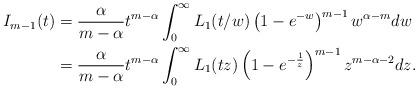
LaTeX: \begin{align*} I_{m-1}(t) &= \frac{\alpha}{m-\alpha} t^{m-\alpha} \int_0^\infty L_1(t/w)\left(1- e^{-w} \right)^{m-1} w^{\alpha-m} dw \\ &= \frac{\alpha}{m-\alpha} t^{m-\alpha} \int_0^\infty L_1(t z) \left(1- e^{-\frac{1}{z}} \right)^{m-1} z^{m-\alpha-2} dz .\end{align*}